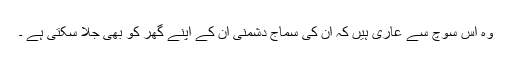
وہ اس سوچ سے عاری ہیں کہ ان کی سماج دشمنی ان کے اپنے گھر کو بھی جلا سکتی ہے ۔